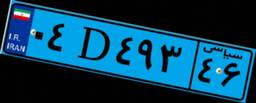
۷۰D۹۷۴۲۳